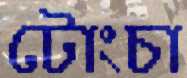
টোংচা